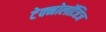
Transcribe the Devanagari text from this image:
टेक्नोलॉजिज